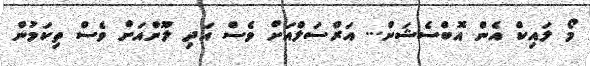
މޯ ލައިކް އެން އޮބްސެޝަން... އަރްސަލްއަށް ވެސް އަދި ލޫންއަށް ވެސް ތިކަމުން